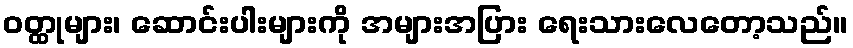
ဝတ္ထုများ၊ ဆောင်းပါးများကို အများအပြား ရေးသားလေတော့သည်။